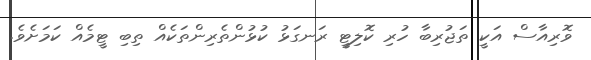
ވޮރިއާސް އަކީ ތަޖުރިބާ ހުރި ކޮލިޓީ ރަނގަޅު ކުޅުންތެރިންތަކެއް ތިބި ޓީމެއް ކަމަށެވެ.